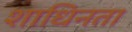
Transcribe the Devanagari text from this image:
शाधिनता